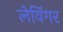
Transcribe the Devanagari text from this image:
लेविंगर